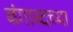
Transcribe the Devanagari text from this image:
बंगाब्दच्या